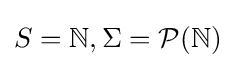
S=\mathbb {N} ,\Sigma ={\mathcal {P}}(\mathbb {N} )